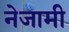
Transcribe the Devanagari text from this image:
नेजामी